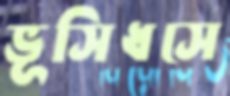
ভূসিধসে